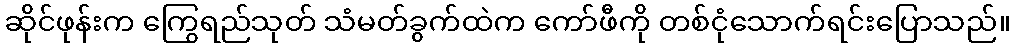
ဆိုင်ဖုန်းက ကြွေရည်သုတ် သံမတ်ခွက်ထဲက ကော်ဖီကို တစ်ငုံသောက်ရင်းပြောသည်။